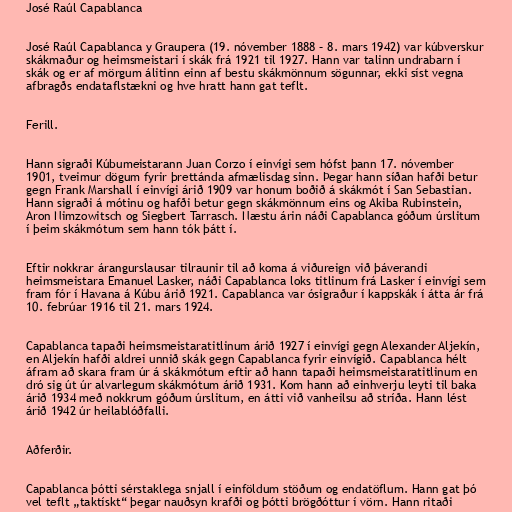
José Raúl Capablanca

José Raúl Capablanca y Graupera (19. nóvember 1888 – 8. mars 1942) var kúbverskur
skákmaður og heimsmeistari í skák frá 1921 til 1927. Hann var talinn undrabarn í
skák og er af mörgum álitinn einn af bestu skákmönnum sögunnar, ekki síst vegna
afbragðs endataflstækni og hve hratt hann gat teflt.

Ferill.

Hann sigraði Kúbumeistarann Juan Corzo í einvígi sem hófst þann 17. nóvember
1901, tveimur dögum fyrir þrettánda afmælisdag sinn. Þegar hann síðan hafði betur
gegn Frank Marshall í einvígi árið 1909 var honum boðið á skákmót í San Sebastian.
Hann sigraði á mótinu og hafði betur gegn skákmönnum eins og Akiba Rubinstein,
Aron Nimzowitsch og Siegbert Tarrasch. Næstu árin náði Capablanca góðum úrslitum
í þeim skákmótum sem hann tók þátt í.

Eftir nokkrar árangurslausar tilraunir til að koma á viðureign við þáverandi
heimsmeistara Emanuel Lasker, náði Capablanca loks titlinum frá Lasker í einvígi sem
fram fór í Havana á Kúbu árið 1921. Capablanca var ósigraður í kappskák í átta ár frá
10. febrúar 1916 til 21. mars 1924.

Capablanca tapaði heimsmeistaratitlinum árið 1927 í einvígi gegn Alexander Aljekín,
en Aljekín hafði aldrei unnið skák gegn Capablanca fyrir einvígið. Capablanca hélt
áfram að skara fram úr á skákmótum eftir að hann tapaði heimsmeistaratitlinum en
dró sig út úr alvarlegum skákmótum árið 1931. Kom hann að einhverju leyti til baka
árið 1934 með nokkrum góðum úrslitum, en átti við vanheilsu að stríða. Hann lést
árið 1942 úr heilablóðfalli.

Aðferðir.

Capablanca þótti sérstaklega snjall í einföldum stöðum og endatöflum. Hann gat þó
vel teflt „taktískt“ þegar nauðsyn krafði og þótti brögðóttur í vörn. Hann ritaði